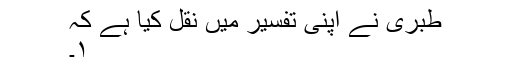
طبری نے اپنی تفسیر میں نقل کیا ہے کہ
۱۔